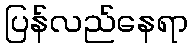
ပြန်လည်နေရာ